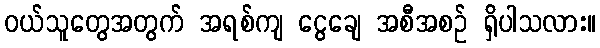
ဝယ်သူတွေအတွက် အရစ်ကျ ငွေချေ အစီအစဉ် ရှိပါသလား။